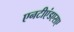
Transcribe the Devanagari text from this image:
एनटीएंडएसए